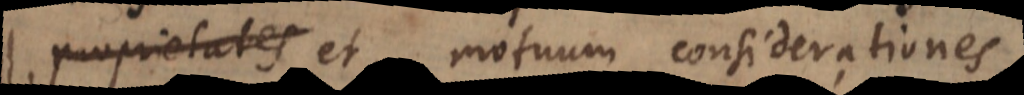
orum et motuum considerationes,